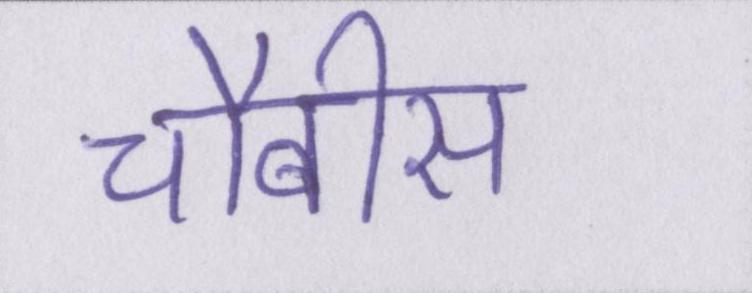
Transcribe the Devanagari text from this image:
चौबीस